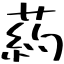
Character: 葯